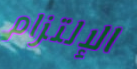
الإلتزام